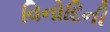
વિનોદિની